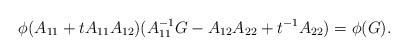
LaTeX: \begin{align*}\phi(A_{11}+tA_{11}A_{12})(A_{11}^{-1}G-A_{12}A_{22}+t^{-1}A_{22})=\phi(G).\end{align*}